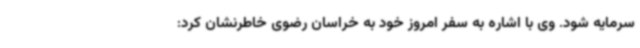
سرمایه شود. وی با اشاره به سفر امروز خود به خراسان رضوی خاطرنشان کرد: